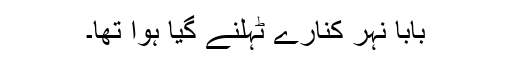
بابا نہر کنارے ٹہلنے گیا ہوا تھا۔